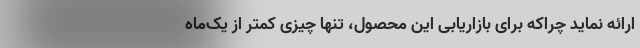
ارائه نماید چراکه برای بازاریابی این محصول، تنها چیزی کمتر از یک‌ماه